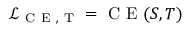
\mathcal { L } _ { \mathrm { ~ C ~ E ~ , ~ T ~ } } = \mathrm { ~ C ~ E ~ } ( S , T )